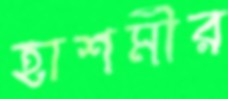
হাশমীর